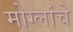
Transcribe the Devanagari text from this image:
मोग्लांचे